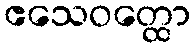
ဧသေဝတ္ထော